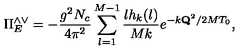
\Pi _ { E } ^ { \wedge \vee } = - { \frac { g ^ { 2 } N _ { c } } { 4 \pi ^ { 2 } } } \sum _ { l = 1 } ^ { M - 1 } { \frac { l h _ { k } ( l ) } { M k } } e ^ { - k { \bf Q } ^ { 2 } / 2 M T _ { 0 } } ,